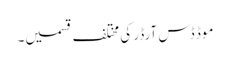
موڈ ڈس آرڈر کی مختلف قسمیں۔